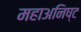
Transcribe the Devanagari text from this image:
महाअनिष्ट